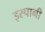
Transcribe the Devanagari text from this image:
इस्पानी